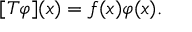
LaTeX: [ T \varphi ] ( x ) = f ( x ) \varphi ( x ) .